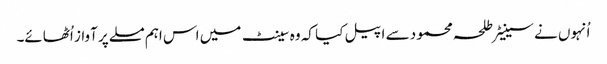
اُنہوں نے سینیٹر طلحہ محمود سے اپیل کیا کہ وہ سینٹ میں اس اہم مسلے پر آواز اُٹھائے۔